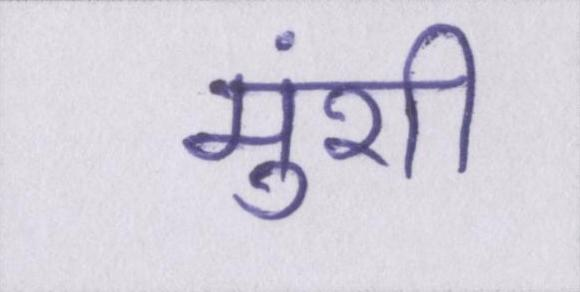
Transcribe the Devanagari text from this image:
मुंशी